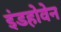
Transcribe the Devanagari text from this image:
इंडहोवेन